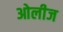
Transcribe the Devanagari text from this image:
ओलीज